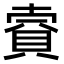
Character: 𧶌